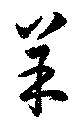
羊